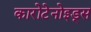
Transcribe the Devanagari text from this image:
कारोटेनोइड्स